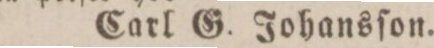
Carl G. Johansſon.